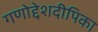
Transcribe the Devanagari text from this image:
गणोद्देशदीपिका